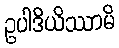
ဥပါဒိယိဿာမိ